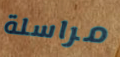
مراسلة